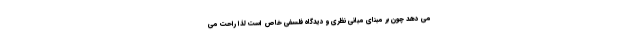
می دهد چون بر مبنای مبانی نظری و دیدگاه فلسفی خاص است لذا راحت می